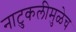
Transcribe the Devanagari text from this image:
नाटुकलीमुळेच